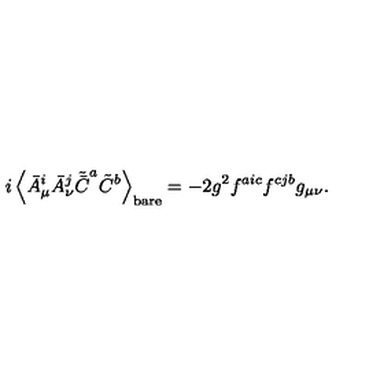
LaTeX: i \left< \bar { A } _ { \mu } ^ { i } \bar { A } _ { \nu } ^ { j } \tilde { \bar { C } } ^ { a } \tilde { C } ^ { b } \right> _ { \mathrm { b a r e } } = - 2 g ^ { 2 } f ^ { a i c } f ^ { c j b } g _ { \mu \nu } .